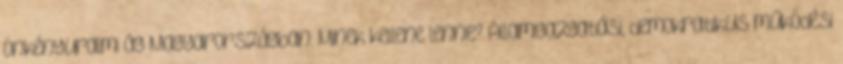
önkényuralmi ág Magyarországban. Minek kellene lennie? Államigazgatási, demokratikus működési